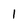
Character: 1